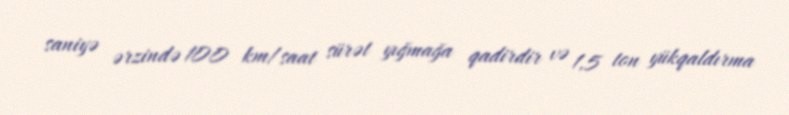
saniyə ərzində 100 km/saat sürət yığmağa qadirdir və 1,5 ton yükqaldırma